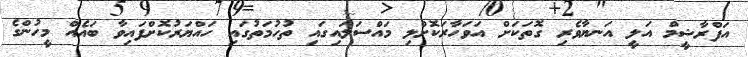
އަފްރާޝީމް އަލީ އަނޔާވެރި ގޮތަކަށް އަވަހާރަކޮށްލި މައްސަލައިގައި ތުހުމަތުގައި ހައްޔަރުކޮށްފައިވާ ބައެއް މީހުންގެ